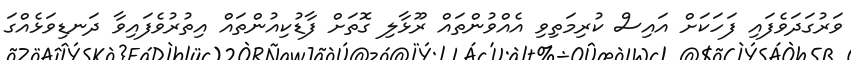
ވަރުގަދަވެފައި ފަހަކަށް އައިސް ކުރިމަތިވި އެއްވުންތައް ރޫޅާލި ގޮތަށް ފާޑުކިއުންތައް އިތުރުވެފައިވާ ދަނޑިވަޅެއްގަ